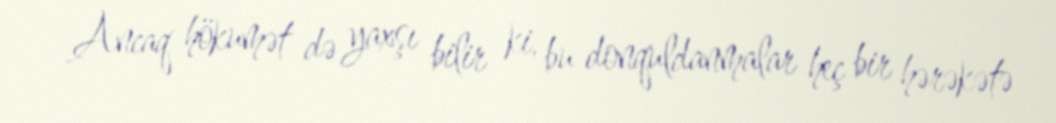
Ancaq hökumət də yaxşı bilir ki, bu donquldanmalar heç bir hərəkətə